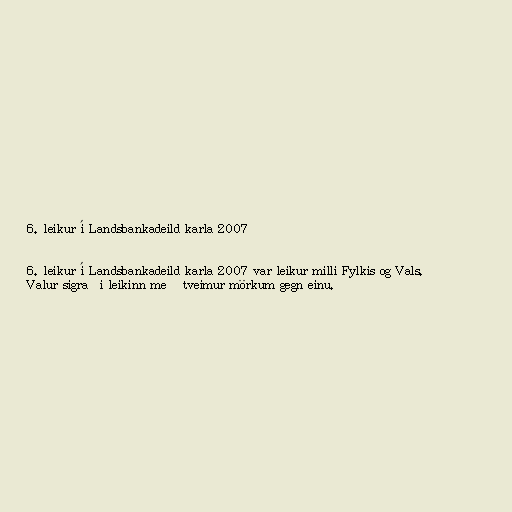
6. leikur í Landsbankadeild karla 2007

6. leikur í Landsbankadeild karla 2007 var leikur milli Fylkis og Vals.
Valur sigraði leikinn með tveimur mörkum gegn einu.